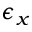
\epsilon _ { x }